Civil Veterinary Department Bengal reports 1933-51 - 1933-1951
Year: 1933
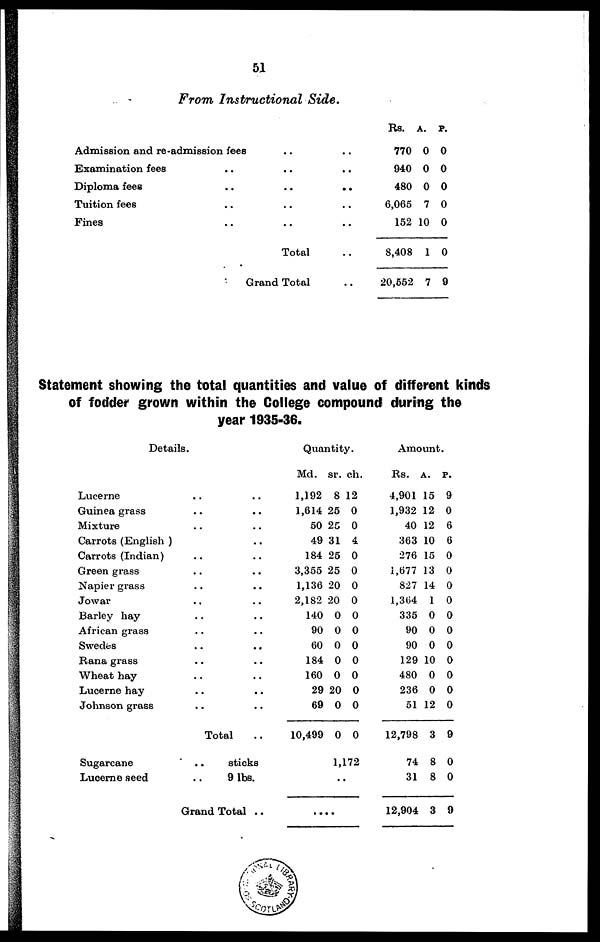
51
From Instructional
Side.
Admission and re-admission fees
Examination fees
Diploma fees
Tuition fees
Fines
..
..
..
..
..
..
..
..
..
Total
Grand Total
..
..
..
..
..
..
¨
Rs.
770
940
480
6,065
152
8,408
20,552
A.
0
0
0
7
10
1
7
P.
0
0
0
0
0
0
9
Statement showing the total quantities and value of different kinds
of fodder grown within the College compound during the
year 1935-36.
Details.
Lucerne .. ..
Guinea grass .. ..
Mixture .. ..
Carrots (English ) ..
Carrots (Indian) .. ..
Green grass .. ..
Napier grass .. ..
Jowar .. ..
Barley hay .. ..
African grass .. ..
Swedes .. ..
Rana grass .. ..
Wheat hay .. ..
Lucerne hay .. ..
Johnson grass .. ..
Total ..
Sugarcane
..
sticks
Lucerne seed
..
9 lbs.
Grand Total ..
Quantity.
Md.
1,192
1,614
50
49
184
3,355
1,136
2,182
140
90
60
184
160
29
69
10,499
sr.
8
25
25
31
25
25
20
20
0
0
0
0
0
20
0
0
ch.
12
0
0
4
0
0
0
0
0
0
0
0
0
0
0
0
1,172
..
Amount.
Rs.
4,901
1,932
40
363
276
1,677
827
1,364
335
90
90
129
480
236
51
12,798
74
31
12,904
A.
15
12
12
10
15
13
14
1
0
0
0
10
0
0
12
3
8
8
3
P.
9
0
6
6
0
0
0
0
0
0
0
0
0
0
0
9
0
0
9